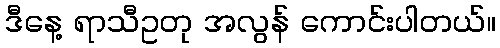
ဒီနေ့ ရာသီဥတု အလွန် ကောင်းပါတယ်။